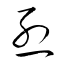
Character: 烈